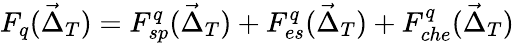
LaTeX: F_{q}(\vec{\Delta}_{T})=F_{sp}^{q}(\vec{\Delta}_{T})+F_{es}^{q}(\vec{\Delta}_{T})+F_{che}^{q}(\vec{\Delta}_{T})